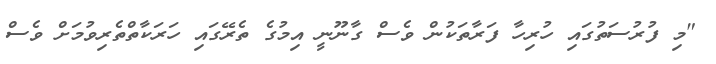
"މި ފުރުސަތުގައި ހުރިހާ ފަރާތަކުން ވެސް ގާނޫނީ އިމުގެ ތެރޭގައި ހަރަކާތްތެރިވުމަށް ވެސް